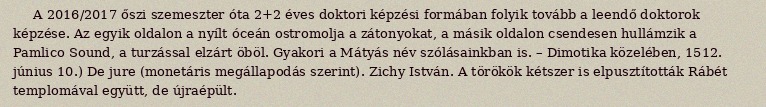
A 2016/2017 őszi szemeszter óta 2+2 éves doktori képzési formában folyik tovább a leendő doktorok képzése. Az egyik oldalon a nyílt óceán ostromolja a zátonyokat, a másik oldalon csendesen hullámzik a Pamlico Sound, a turzással elzárt öböl. Gyakori a Mátyás név szólásainkban is. – Dimotika közelében, 1512. június 10.) De jure (monetáris megállapodás szerint). Zichy István. A törökök kétszer is elpusztították Rábét templomával együtt, de újraépült.